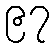
၉၇